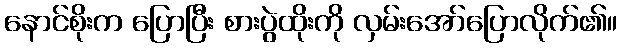
နောင်စိုးက ပြောပြီး စားပွဲထိုးကို လှမ်းအော်ပြောလိုက်၏။